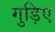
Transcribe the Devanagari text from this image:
गुड़िए